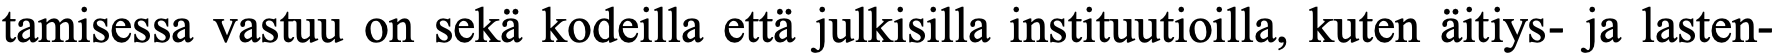
tamisessa vastuu on sekä kodeilla että julkisilla instituutioilla, kuten äitiys- ja lasten-